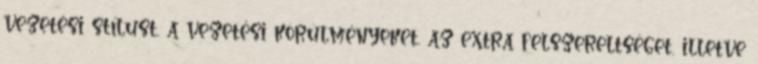
vezetési stílust, a vezetési körülményeket, az extra felszereltséget, illetve